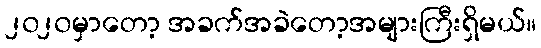
၂၀၂၀မှာတော့ အခက်အခဲတော့အများကြီးရှိမယ်။